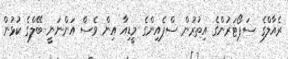
ރެއާލްގެ ސަޕޯޓަރުންގެ އިތުރުން ސްޕެއިންގެ މީޑިއާ އިން ވެސް އަންނަނީ ބޭލްގެ ކުޅުން